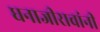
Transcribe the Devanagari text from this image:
धनाजीरावांनी